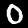
Label: 0